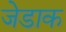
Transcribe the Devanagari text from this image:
जेडाक